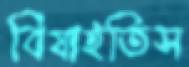
বিষাইতিস